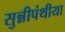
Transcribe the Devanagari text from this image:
सुन्नीपंथीया